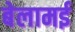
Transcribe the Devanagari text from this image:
बेलामई